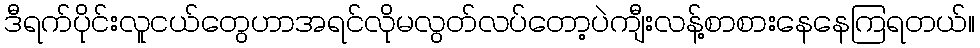
ဒီရက်ပိုင်းလူငယ်တွေဟာအရင်လိုမလွတ်လပ်တော့ပဲကျီးလန့်စာစားနေနေကြရတယ်။